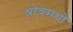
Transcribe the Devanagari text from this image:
श्रोत्रमथो